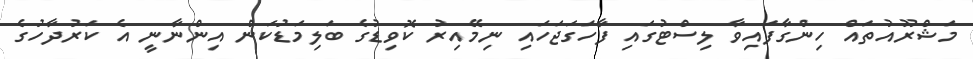
މަޝްރޫއުތައް ހިންގާފައިވާ ލިސްޓުގައި ފާހަގަޖަހައި ނިމޭއިރު ކޮވިޑުގެ ބަލިމަޑުކަން އިންނާނީ އެ ކަރުދާހުގެ